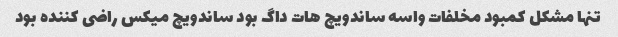
تنها مشکل کمبود مخلفات واسه ساندویچ هات داگ بود ساندویچ میکس راضی کننده بود